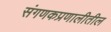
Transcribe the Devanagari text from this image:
संगणकप्रणालीतील